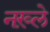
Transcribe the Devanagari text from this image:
नख़्ले